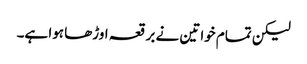
لیکن تمام خواتین نے برقعہ اوڑھا ہوا ہے۔